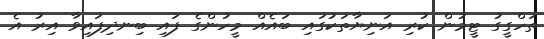
ތަހްގީގު ޓީމުން ކުރި އަނިޔާތަކުގައި ބައެއް މީހުންގެ ފައި ބިނދިފައިވާ އިރު އެ